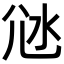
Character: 𡯑